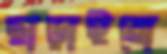
ছাড়াইয়ো